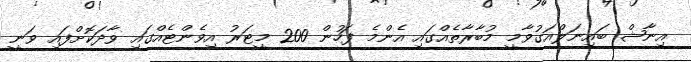
އިނާޝް ބައިނަލްއަގުވާމީ މުބާރާތެއްގައި އެންމެ ފަހުން 200 މީޓަރު އިވެންޓެއްގައި ވާދަކޮށްފައި ވަނީ